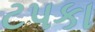
ટપકા